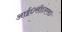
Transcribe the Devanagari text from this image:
आई०सी०एस०